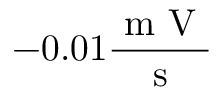
- 0 . 0 1 \frac { \mathrm { ~ m ~ V ~ } } { \mathrm { ~ s ~ } }